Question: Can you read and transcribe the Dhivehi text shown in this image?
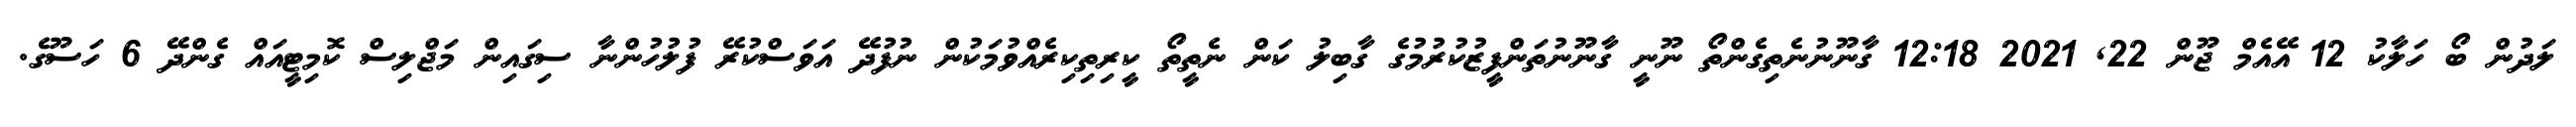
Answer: ލަދުން ބޯ ހަލާކު 12 އޭއެމް ޖޫން 22, 2021 12:18 ގާނޫނުނެތިގެންތޯ ނޫނީ ގާނޫނުތަންފީޒުކުރުމުގެ ގާބިލު ކަން ނެތީތޯ ކީރިތިކިރެއްވުމަކުން ނުފުދޭ އަވަސްކުރޭ ފުލުހުންނާ ސިގައިން މަޖްލިސް ކޮމިޓީއައް ގެންދޭ 6 ހަސޫގެ.